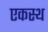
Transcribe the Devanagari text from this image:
एकस्थ